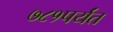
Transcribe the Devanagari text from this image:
७८१पर्यंत